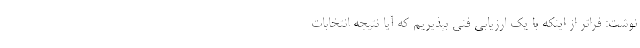
نوشت: فراتر از اینکه با یک ارزیابی فنی بپذیریم که آیا نتیجه انتخابات